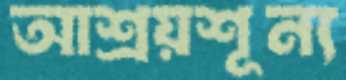
আশ্রয়শূন্য